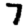
Digit: 7